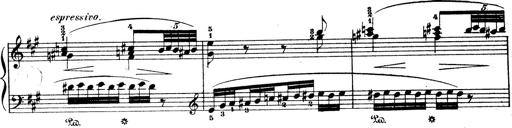
Title: Wagner-Liszt Album
Composer: Franz Liszt